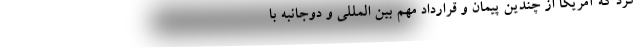
کرد که آمریکا از چندین پیمان و قرارداد مهم بین المللی و دوجانبه با